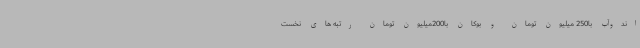
اندوآب با250 میلیون تومان و بوکان با200میلیون تومان رتبه های نخست